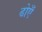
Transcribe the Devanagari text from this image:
ढोएँ